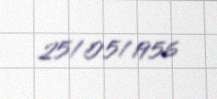
25/05/1956